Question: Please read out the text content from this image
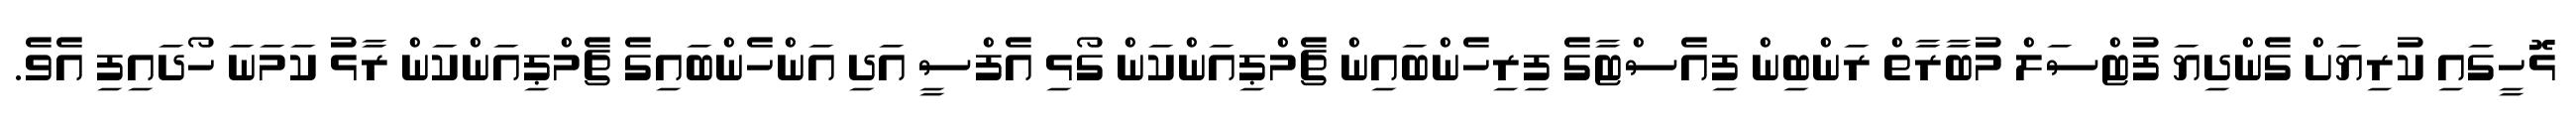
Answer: ޅޮހީގައި ކުރިޔަށް ގެންދިޔަ ފުޓްސަލް މުބާރާތް ރަންބިން ފިއެސްޓާގެ ފިރިހެންބައިން ޗެމްޕިއަންކަން ގޯޅި އެފްސީ އަދި އަންހެންބައިގެ ޗެމްޕިއަންކަން ރާޅު ކަމަނަ ހޯދައިފި އެވެ.